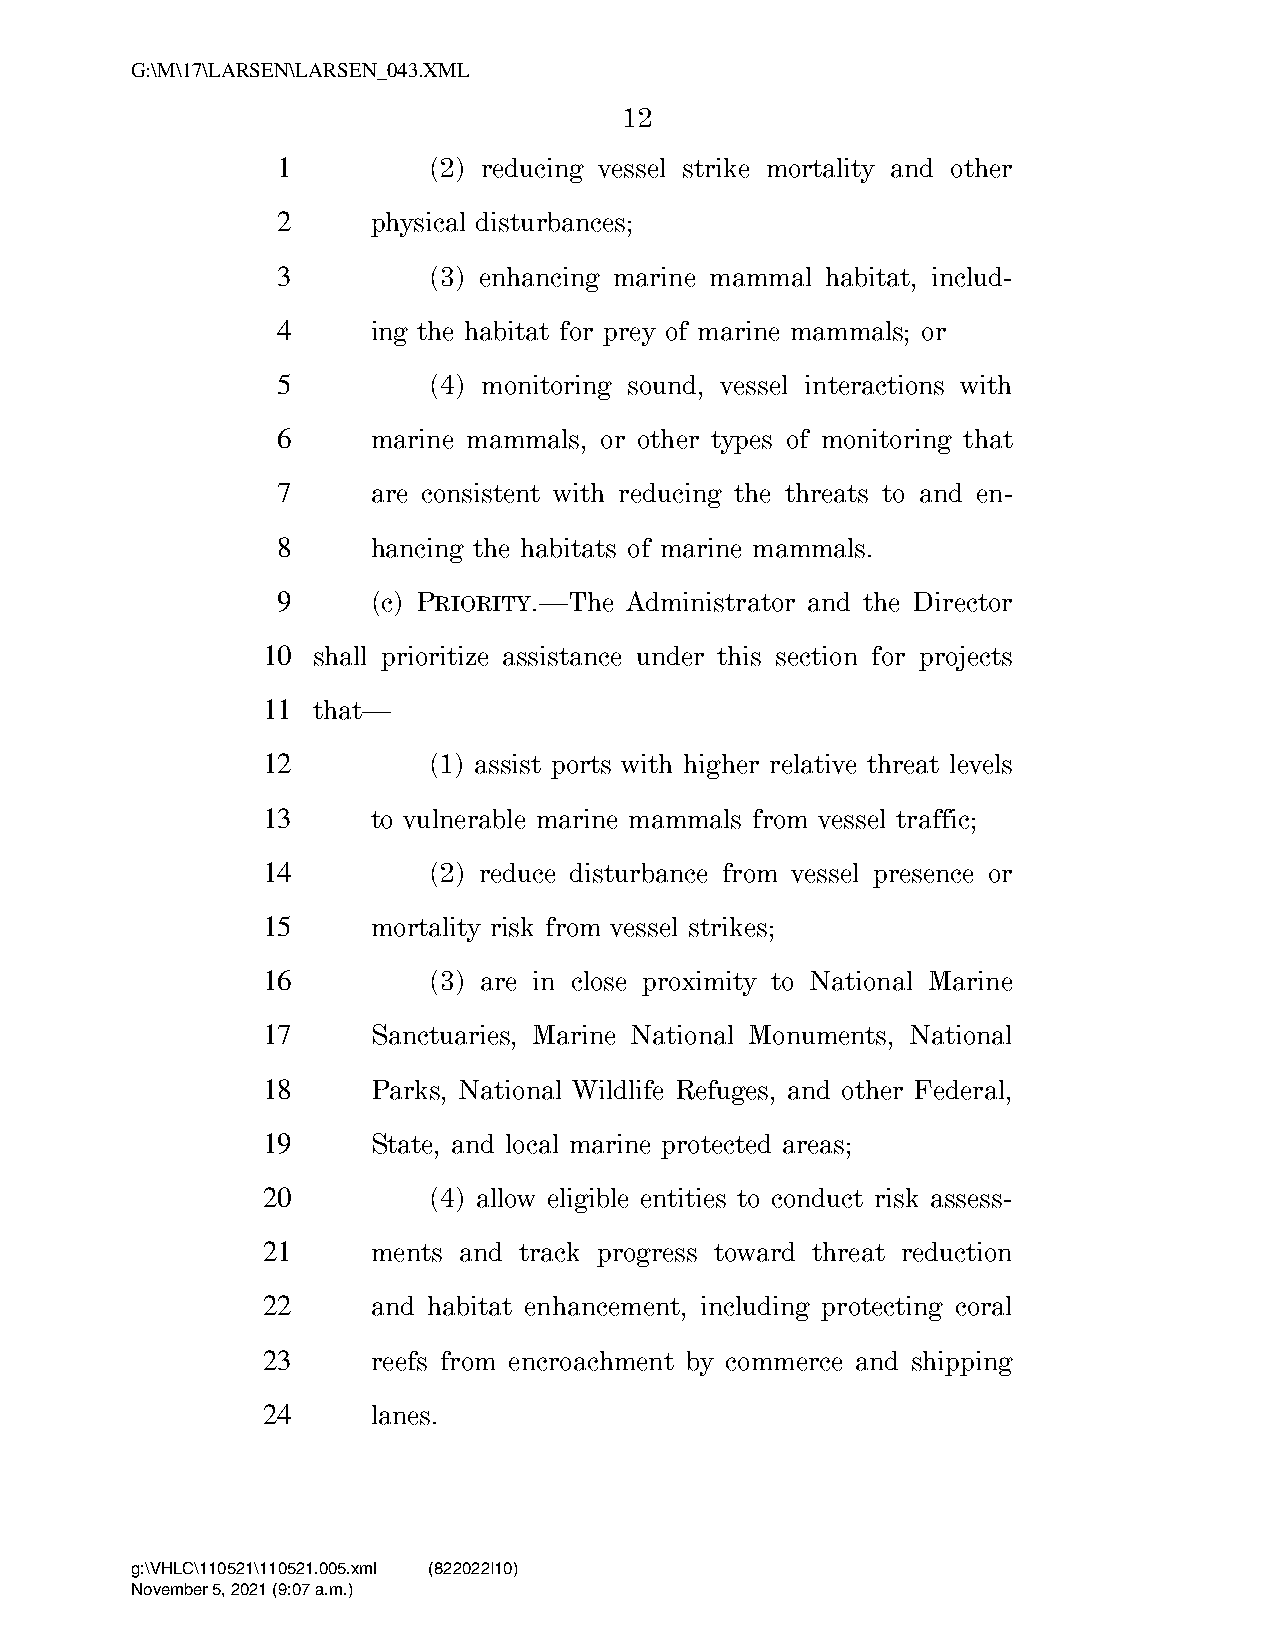
G:\M\17\LARSEN\LARSEN_043.XML
 12
 1         (2) reducing vessel strike mortality and other
 2      physical disturbances;
 3         (3) enhancing marine mammal habitat, includ-
 4      ing the habitat for prey of marine mammals; or
 5         (4) monitoring sound, vessel interactions with
 6      marine mammals, or other types of monitoring that
 7      are consistent with reducing the threats to and en-
 8      hancing the habitats of marine mammals.
 9      (c) PRIORITY.—The Administrator and the Director
 10  shall prioritize assistance under this section for projects
 11  that—
 12         (1) assist ports with higher relative threat levels
 13      to vulnerable marine mammals from vessel traffic;
 14         (2) reduce disturbance from vessel presence or
 15      mortality risk from vessel strikes;
 16         (3) are in close proximity to National Marine
 17      Sanctuaries, Marine National Monuments, National
 18      Parks, National Wildlife Refuges, and other Federal,
 19      State, and local marine protected areas;
 20         (4) allow eligible entities to conduct risk assess-
 21      ments and track progress toward threat reduction
 22      and habitat enhancement, including protecting coral
 23      reefs from encroachment by commerce and shipping
 24      lanes.
 g:\VHLC\110521\110521.005.xml (822022|10)
 November 5, 2021 (9:07 a.m.)
 VerDate Nov 24 2008 09:07 Nov 05, 2021 Jkt 000000 PO 00000 Frm 00012 Fmt 6652 Sfmt 6201 C:\USERS\BEWILSON\APPDATA\ROAMING\SOFTQUAD\XMETAL\11.0\GEN\C\LARSEN_0